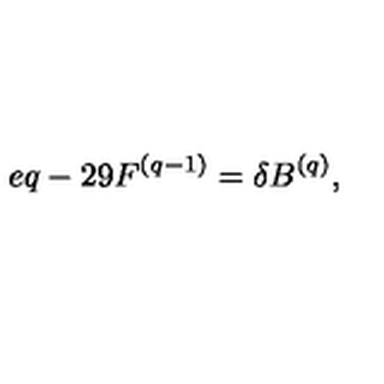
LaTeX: e q - 2 9 F ^ { ( q - 1 ) } = \delta B ^ { ( q ) } ,